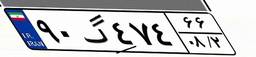
۹۰گ۴۷۴۶۶